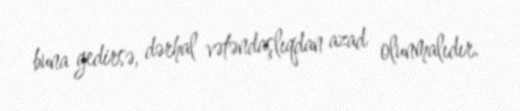
buna gedirsə, dərhal vətəndaşlıqdan azad olunmalıdır.